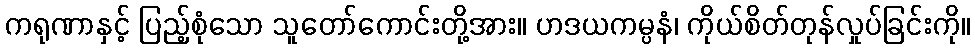
ကရုဏာနှင့် ပြည့်စုံသော သူတော်ကောင်းတို့အား။ ဟဒယကမ္ပနံ၊ ကိုယ်စိတ်တုန်လှုပ်ခြင်းကို။